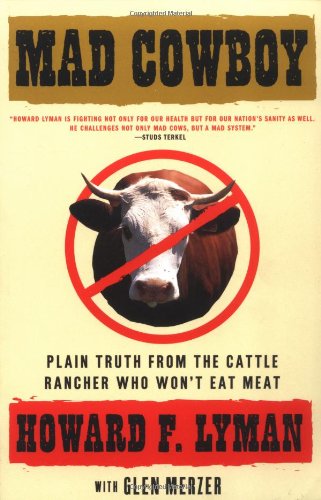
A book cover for Mad Cowboy: Plain Truth from the Cattle Rancher Who Won't Eat Meat; Howard F. Lyman; Health, Fitness & Dieting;